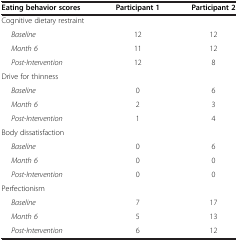
<table><thead><tr><td><b>Eating behavior scores</b></td><td><b>Participant 1</b></td><td><b>Participant 2</b></td></tr></thead><tbody><tr><td>Cognitive dietary restraint</td><td> </td><td> </td></tr><tr><td><i>Baseline</i></td><td>12</td><td>12</td></tr><tr><td><i>Month 6</i></td><td>11</td><td>12</td></tr><tr><td><i>Post-Intervention</i></td><td>12</td><td>8</td></tr><tr><td>Drive for thinness</td><td> </td><td> </td></tr><tr><td><i>Baseline</i></td><td>0</td><td>6</td></tr><tr><td><i>Month 6</i></td><td>2</td><td>3</td></tr><tr><td><i>Post-Intervention</i></td><td>1</td><td>4</td></tr><tr><td>Body dissatisfaction</td><td> </td><td> </td></tr><tr><td><i>Baseline</i></td><td>0</td><td>6</td></tr><tr><td><i>Month 6</i></td><td>0</td><td>0</td></tr><tr><td><i>Post-Intervention</i></td><td>0</td><td>0</td></tr><tr><td>Perfectionism</td><td> </td><td> </td></tr><tr><td><i>Baseline</i></td><td>7</td><td>17</td></tr><tr><td><i>Month 6</i></td><td>5</td><td>13</td></tr><tr><td><i>Post-Intervention</i></td><td>6</td><td>12</td></tr></tbody></table>